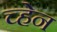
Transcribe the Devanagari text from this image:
च्हेन